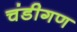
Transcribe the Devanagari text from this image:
चंडीगण